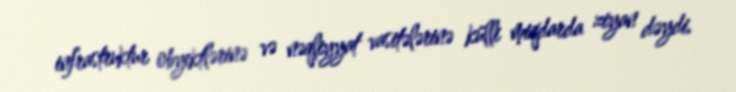
infrastruktur obyektlərinə və nəqliyyat vasitələrinə külli miqdarda ziyan dəydi.